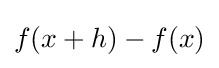
f(x+h)-f(x)